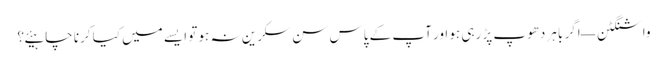
واشنگٹن — اگر باہر دھوپ پڑ رہی ہو اور آپ کے پاس سن سکرین نہ ہو تو ایسے میں کیا کرنا چاہیئے؟